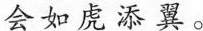
会 如 虎 添 翼